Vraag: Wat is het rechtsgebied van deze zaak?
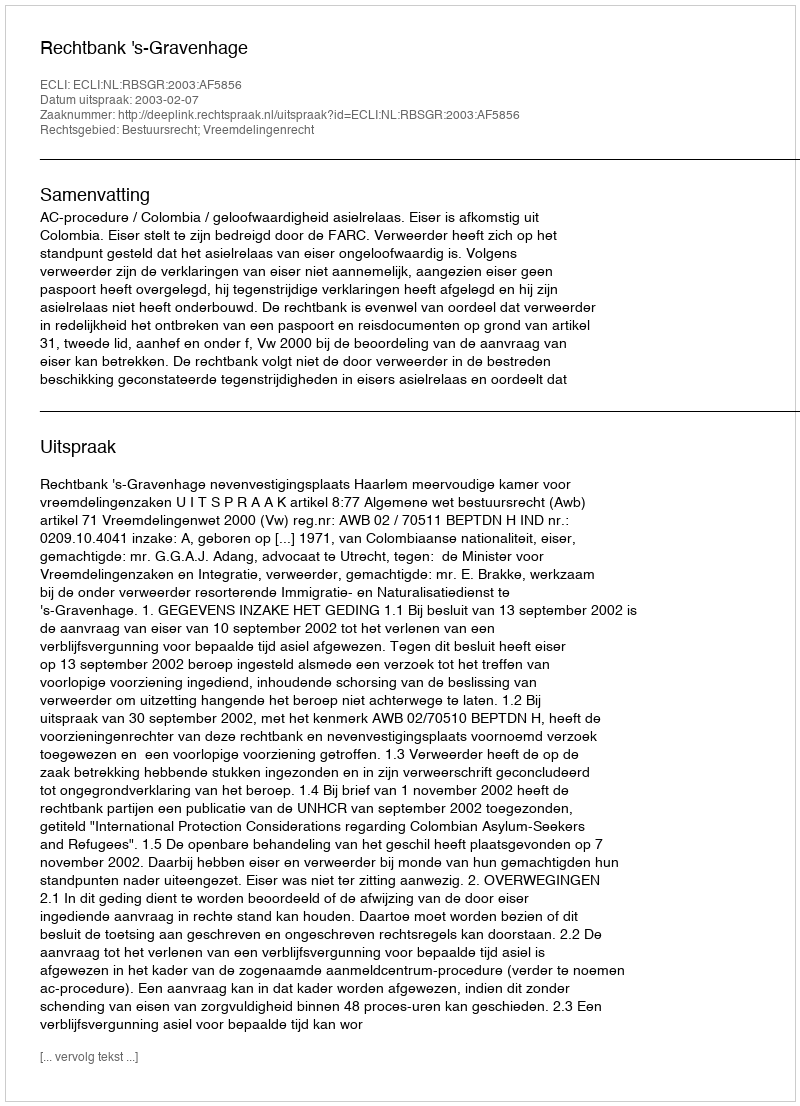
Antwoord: Bestuursrecht; Vreemdelingenrecht